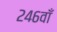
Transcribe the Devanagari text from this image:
२४६वाँ